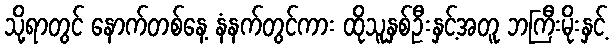
သို့ရာတွင် နောက်တစ်နေ့ နံနက်တွင်ကား ထိုသူနှစ်ဦးနှင့်အတူ ဘကြီးမိုးနှင့်